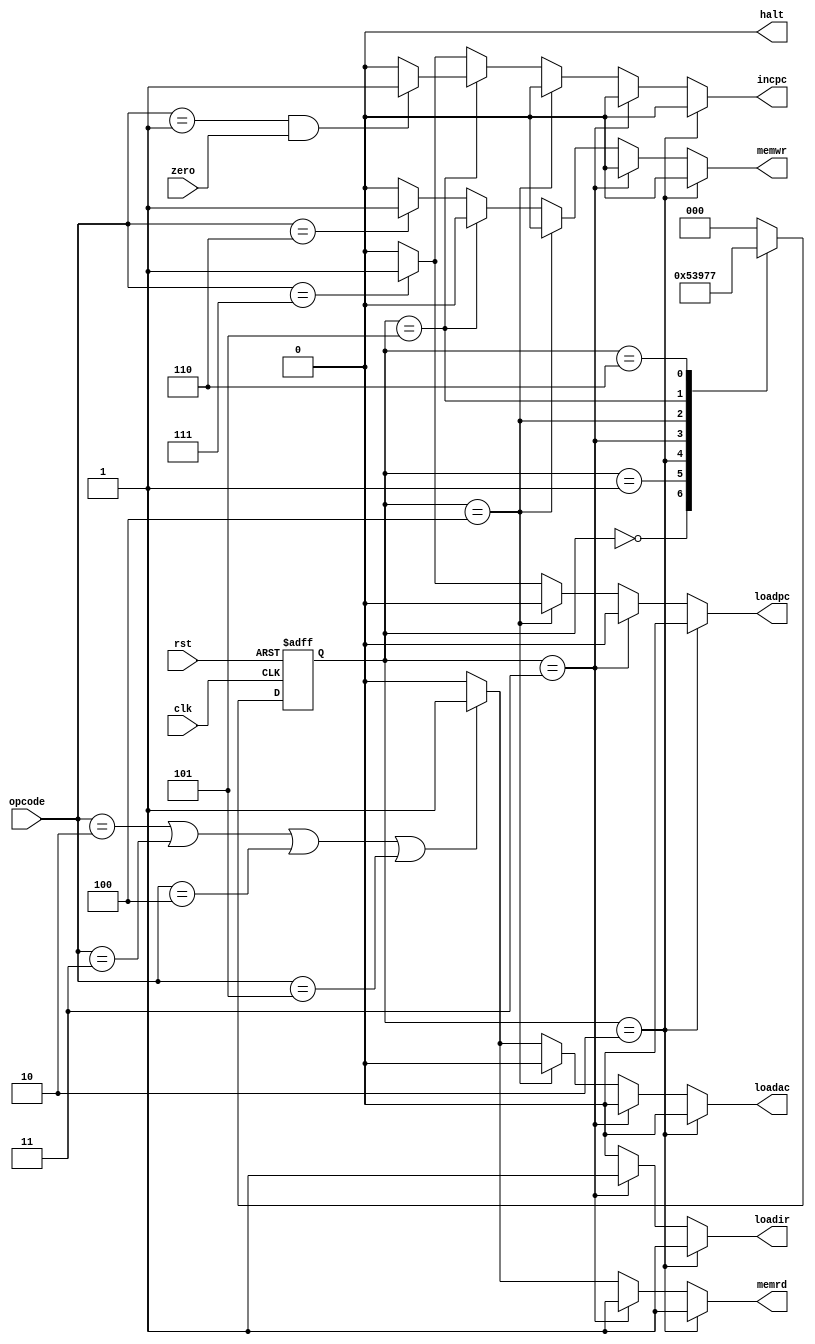
module controller(zero,clk,opcode,rst,memrd,loadir,halt,incpc,loadac,loadpc,memwr);

input wire [2:0] opcode;
input wire  clk;
input wire  zero;
input wire  rst;

output reg  memrd;
output reg  loadir;
output reg  halt;
output reg  incpc;
output reg  loadac;
output reg  loadpc;
output reg  memwr;

localparam INST_ADDER = 3'b000;
localparam INST_FETCH = 3'b001;
localparam INST_LOAD  = 3'b010;
localparam IDLE       = 3'b011;
localparam OP_ADDER   = 3'b100;
localparam OP_FETCH   = 3'b101;
localparam ALU_OP     = 3'b110;
localparam STORE      = 3'b111;
reg [2:0] nextstate;
reg [2:0] state;
always@(posedge clk or negedge rst)
begin
    if(!rst)
    begin
        state<=INST_ADDER;
    end
    else
    begin
        state<=nextstate;
    end

end
always@(*)begin
    case(state)
INST_ADDER:nextstate<=INST_FETCH;
INST_FETCH:nextstate<=INST_LOAD;
INST_LOAD:nextstate<=IDLE;
IDLE:nextstate<=OP_ADDER;
OP_ADDER:nextstate<=OP_FETCH;
OP_FETCH:nextstate<=ALU_OP;
ALU_OP:nextstate<=STORE;
default:nextstate<=INST_ADDER;
    endcase
end
reg A;
reg H;
reg J;
reg Z ;
reg S;


always @(opcode)begin
        H = (opcode == 3'b000)? 1:0;
        Z = (opcode == 3'b001 & zero == 1)? 1:0;
        A = (opcode == 3'b010 | opcode == 3'b011 | opcode == 3'b100 | opcode == 3'b101)? 1:0;
        S = (opcode == 3'b110)? 1:0;
        J = (opcode == 3'b111)? 1:0;
    end

always @(*)begin
    if(state==3'b000)begin
        memrd=0; loadir=0; halt=0; incpc=0; loadac=0; loadpc=0; memwr=0;    
        end
        if (state==3'b001)
        begin
            memrd=1; loadir=0; halt=0; incpc=0; loadac=0; loadpc=0; memwr=0;
        end
        if(state==3'b010)begin
            memrd=1; loadir=1; halt=0; incpc=0; loadac=0; loadpc=0; memwr=0;
        end
        else if (state == 3'b011) begin
            memrd=1; loadir=1; halt=0; incpc=0; loadac=0; loadpc=0; memwr=0;
        end
        else if (state == 3'b011) begin
            memrd=0; loadir=0; halt=H; incpc=1; loadac=0; loadpc=0; memwr=0;
        end
        else if (state == 3'b100) begin
            memrd=A; loadir=0; halt=0; incpc=0; loadac=0; loadpc=0; memwr=0;
        end
        else if (state == 3'b101) begin
            memrd=A; loadir=0; halt=0; incpc=Z; loadac=A; loadpc=J; memwr=0;
        end
        else begin
            memrd=A; loadir=0; halt=0; incpc=J; loadac=A; loadpc=J; memwr=S;
        end
    end




    

    
endmodule                               







//zero